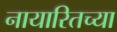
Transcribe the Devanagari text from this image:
नायारितच्या